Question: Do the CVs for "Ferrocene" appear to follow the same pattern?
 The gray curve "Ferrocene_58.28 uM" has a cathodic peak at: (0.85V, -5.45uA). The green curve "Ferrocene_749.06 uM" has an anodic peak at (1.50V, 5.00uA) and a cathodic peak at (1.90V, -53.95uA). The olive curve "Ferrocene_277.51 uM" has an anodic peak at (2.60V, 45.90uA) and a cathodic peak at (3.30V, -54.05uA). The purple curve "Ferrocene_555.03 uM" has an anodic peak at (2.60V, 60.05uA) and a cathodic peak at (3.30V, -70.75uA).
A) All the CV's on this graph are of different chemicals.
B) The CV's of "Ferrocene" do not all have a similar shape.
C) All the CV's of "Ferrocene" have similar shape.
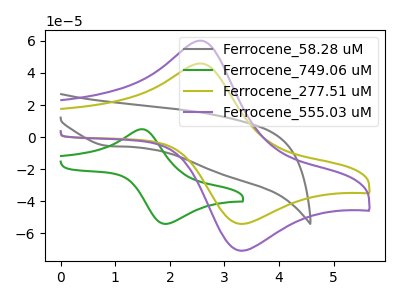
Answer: <think>"Ferrocene_58.28 uM" and "Ferrocene_749.06 uM" have a different number of peaks. "Ferrocene_58.28 uM" and "Ferrocene_277.51 uM" have a different number of peaks. "Ferrocene_58.28 uM" and "Ferrocene_555.03 uM" have a different number of peaks. "Ferrocene_749.06 uM" and "Ferrocene_277.51 uM" have at least one peak that do not match. "Ferrocene_749.06 uM" and "Ferrocene_555.03 uM" have at least one peak that do not match. All the peaks in "Ferrocene_277.51 uM" have a peak in "Ferrocene_555.03 uM" at the same potential. Every peak in "Ferrocene_277.51 uM" is lower than every peak in "Ferrocene_555.03 uM".
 </think>
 <answer>C) All the CV's of "Ferrocene" have similar shape.</answer>
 <eval>C</eval>